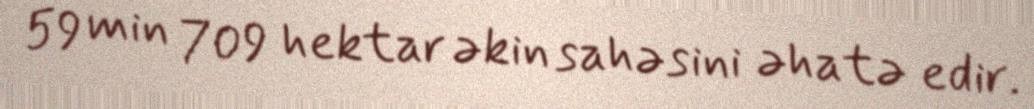
59 min 709 hektar əkin sahəsini əhatə edir.